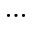
\cdots